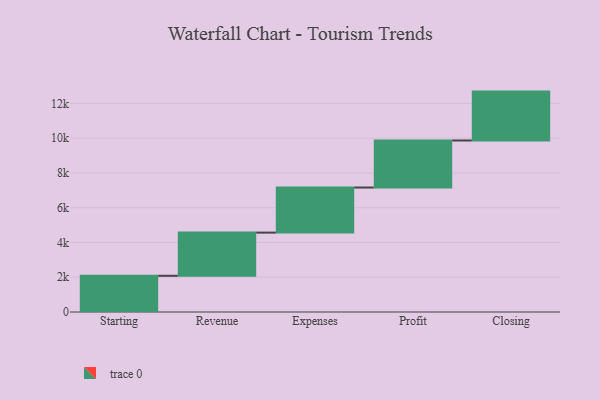
{"axis": {"x": "Step", "y": "Value"}, "legend": [""], "data": [{"x": "Starting", "y": 2083.0, "type": ""}, {"x": "Revenue", "y": 2484.0, "type": ""}, {"x": "Expenses", "y": 2594.0, "type": ""}, {"x": "Profit", "y": 2707.0, "type": ""}, {"x": "Closing", "y": 2812.0, "type": ""}]}